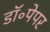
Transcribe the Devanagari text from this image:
डॉ॰पेपर